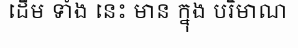
ដើម ទាំង នេះ មាន ក្នុង បរិមាណ